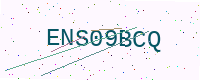
Text: ENS09BCQ